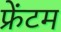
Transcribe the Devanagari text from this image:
फ्रेंटम